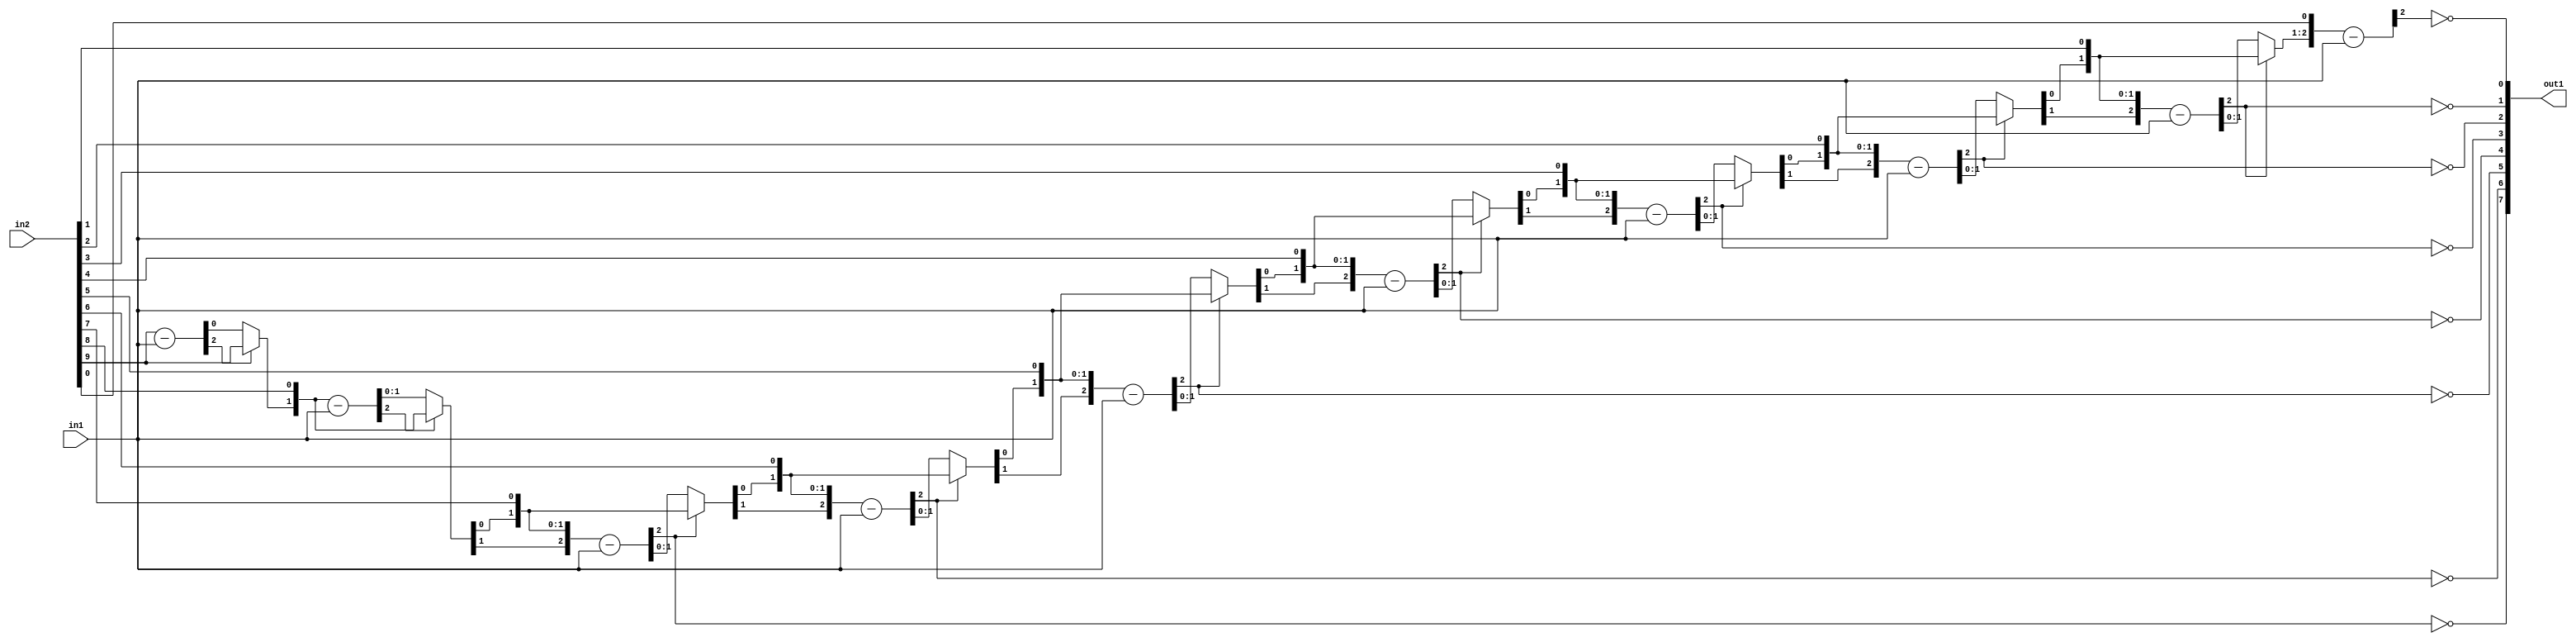
`timescale 1ps / 1ps
/*****************************************************************************
    Verilog RTL Description
    
    
    Created by: Stratus DpOpt 2019.1.01 
*******************************************************************************/

module GaussianFilter_Div_10Ux2U_8U_1 (
	in2,
	in1,
	out1
	); /* architecture "behavioural" */ 
input [9:0] in2;
input [1:0] in1;
output [7:0] out1;
wire [7:0] asc001_0;
wire [2:0] in2_1;
wire [0:0] in2_2;
wire [2:0] in2_4;
wire [1:0] in2_5;
wire [2:0] in2_7,
	in2_8,
	in2_10;
wire [3:0] in2_11;
wire [2:0] in2_13;
wire [4:0] in2_14;
wire [2:0] in2_16;
wire [5:0] in2_17;
wire [2:0] in2_19;
wire [6:0] in2_20;
wire [2:0] in2_22;
wire [7:0] in2_23;
wire [2:0] in2_25;
wire [8:0] in2_26;
wire [9:0] in2_27;
wire [2:0] in2_28;
wire [1:0] in2_3_0,
	in2_3_1;
wire [2:0] in2_6_0,
	in2_6_1;
wire [3:0] in2_9_0,
	in2_9_1;
wire [4:0] in2_12_0,
	in2_12_1;
wire [5:0] in2_15_0,
	in2_15_1;
wire [6:0] in2_18_0,
	in2_18_1;
wire [7:0] in2_21_0,
	in2_21_1;
wire [8:0] in2_24_0,
	in2_24_1;

wire [2:0] in2_1_tmp_0;
assign in2_1_tmp_0 = 
	+(in2[9]);
assign in2_1 = in2_1_tmp_0
	-(in1);

reg [0:0] in2_2_tmp_1;
assign in2_2 = in2_2_tmp_1;
always @ (in2_1[2] or in2_1[0] or in2[9]) begin
	case (in2_1[2])
		1'B0 : in2_2_tmp_1 = in2_1[0] ;
		default : in2_2_tmp_1 = in2[9] ;
	endcase
end

assign in2_3_0 = {in2_2,in2[8]};

assign in2_3_1 = {in2_2,in2[8]};

wire [2:0] in2_4_tmp_2;
assign in2_4_tmp_2 = 
	+(in2_3_1);
assign in2_4 = in2_4_tmp_2
	-(in1);

reg [1:0] in2_5_tmp_3;
assign in2_5 = in2_5_tmp_3;
always @ (in2_4[2] or in2_4[1:0] or in2_3_0) begin
	case (in2_4[2])
		1'B0 : in2_5_tmp_3 = in2_4[1:0] ;
		default : in2_5_tmp_3 = in2_3_0 ;
	endcase
end

assign in2_6_0 = {in2_5,in2[7]};

assign in2_6_1 = {in2_5,in2[7]};

wire [2:0] in2_7_tmp_4;
assign in2_7_tmp_4 = 
	+(in2_6_1);
assign in2_7 = in2_7_tmp_4
	-(in1);

assign asc001_0[7] = ~in2_7[2];

reg [2:0] in2_8_tmp_5;
assign in2_8 = in2_8_tmp_5;
always @ (in2_7[2] or in2_7 or in2_6_0) begin
	case (in2_7[2])
		1'B0 : in2_8_tmp_5 = in2_7 ;
		default : in2_8_tmp_5 = in2_6_0 ;
	endcase
end

assign in2_9_0 = {in2_8,in2[6]};

assign in2_9_1 = {in2_8,in2[6]};

wire [2:0] in2_10_tmp_6;
assign in2_10_tmp_6 = 
	+(in2_9_1[2:0]);
assign in2_10 = in2_10_tmp_6
	-(in1);

assign asc001_0[6] = ~in2_10[2];

reg [3:0] in2_11_tmp_7;
assign in2_11 = in2_11_tmp_7;
always @ (in2_10[2] or in2_10 or in2_9_0) begin
	case (in2_10[2])
		1'B0 : in2_11_tmp_7 = in2_10 ;
		default : in2_11_tmp_7 = in2_9_0 ;
	endcase
end

assign in2_12_0 = {in2_11,in2[5]};

assign in2_12_1 = {in2_11,in2[5]};

wire [2:0] in2_13_tmp_8;
assign in2_13_tmp_8 = 
	+(in2_12_1[2:0]);
assign in2_13 = in2_13_tmp_8
	-(in1);

assign asc001_0[5] = ~in2_13[2];

reg [4:0] in2_14_tmp_9;
assign in2_14 = in2_14_tmp_9;
always @ (in2_13[2] or in2_13 or in2_12_0) begin
	case (in2_13[2])
		1'B0 : in2_14_tmp_9 = in2_13 ;
		default : in2_14_tmp_9 = in2_12_0 ;
	endcase
end

assign in2_15_0 = {in2_14,in2[4]};

assign in2_15_1 = {in2_14,in2[4]};

wire [2:0] in2_16_tmp_10;
assign in2_16_tmp_10 = 
	+(in2_15_1[2:0]);
assign in2_16 = in2_16_tmp_10
	-(in1);

assign asc001_0[4] = ~in2_16[2];

reg [5:0] in2_17_tmp_11;
assign in2_17 = in2_17_tmp_11;
always @ (in2_16[2] or in2_16 or in2_15_0) begin
	case (in2_16[2])
		1'B0 : in2_17_tmp_11 = in2_16 ;
		default : in2_17_tmp_11 = in2_15_0 ;
	endcase
end

assign in2_18_0 = {in2_17,in2[3]};

assign in2_18_1 = {in2_17,in2[3]};

wire [2:0] in2_19_tmp_12;
assign in2_19_tmp_12 = 
	+(in2_18_1[2:0]);
assign in2_19 = in2_19_tmp_12
	-(in1);

assign asc001_0[3] = ~in2_19[2];

reg [6:0] in2_20_tmp_13;
assign in2_20 = in2_20_tmp_13;
always @ (in2_19[2] or in2_19 or in2_18_0) begin
	case (in2_19[2])
		1'B0 : in2_20_tmp_13 = in2_19 ;
		default : in2_20_tmp_13 = in2_18_0 ;
	endcase
end

assign in2_21_0 = {in2_20,in2[2]};

assign in2_21_1 = {in2_20,in2[2]};

wire [2:0] in2_22_tmp_14;
assign in2_22_tmp_14 = 
	+(in2_21_1[2:0]);
assign in2_22 = in2_22_tmp_14
	-(in1);

assign asc001_0[2] = ~in2_22[2];

reg [7:0] in2_23_tmp_15;
assign in2_23 = in2_23_tmp_15;
always @ (in2_22[2] or in2_22 or in2_21_0) begin
	case (in2_22[2])
		1'B0 : in2_23_tmp_15 = in2_22 ;
		default : in2_23_tmp_15 = in2_21_0 ;
	endcase
end

assign in2_24_0 = {in2_23,in2[1]};

assign in2_24_1 = {in2_23,in2[1]};

wire [2:0] in2_25_tmp_16;
assign in2_25_tmp_16 = 
	+(in2_24_1[2:0]);
assign in2_25 = in2_25_tmp_16
	-(in1);

assign asc001_0[1] = ~in2_25[2];

reg [8:0] in2_26_tmp_17;
assign in2_26 = in2_26_tmp_17;
always @ (in2_25[2] or in2_25 or in2_24_0) begin
	case (in2_25[2])
		1'B0 : in2_26_tmp_17 = in2_25 ;
		default : in2_26_tmp_17 = in2_24_0 ;
	endcase
end

assign in2_27 = {in2_26,in2[0]};

wire [2:0] in2_28_tmp_18;
assign in2_28_tmp_18 = 
	+(in2_27[2:0]);
assign in2_28 = in2_28_tmp_18
	-(in1);

assign asc001_0[0] = ~in2_28[2];

assign out1 = asc001_0;
endmodule

/* CADENCE  v7f1SwzZ : u9/ySgnWtBlWxVPRXgAZ4Og= ** DO NOT EDIT THIS LINE ******/